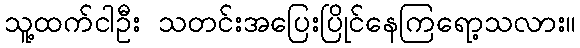
သူ့ထက်ငါဦး သတင်းအပြေးပြိုင်နေကြရော့သလား။